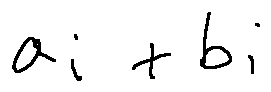
a _ { i } + b _ { i }